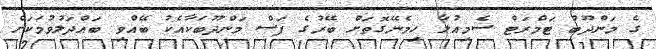
ގެ މަންދޫބު ޓަމްރަޓް ސެމިއުލާ ހިމެނޭގޮތަށް ބޭރުގެ ފަސް މަންދޫބަކާއެކު ބޭއްވި ބައްދަލުވުމަކަށް